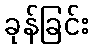
ခုန်ခြင်း